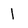
Character: 1